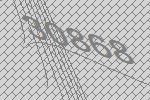
30868